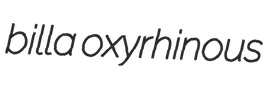
billa oxyrhinous